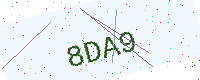
Text: 8DA9